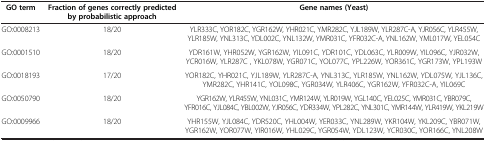
| GO term | Fraction of genes correctly predicted by probabilisticapproach | Gene names (Yeast) |
 | --- | --- | --- |
 | GO:0008213 | 18/20 | YLR333C, YOR182C, YGR162W, YHR021C, YMR282C, YJL189W, YLR287C-A,YJR056C, YLR455W, YLR185W, YNL313C, YDL002C, YNL132W, YMR031C,YFR032C-A, YNL162W, YML017W, YEL054C |
 | GO:0001510 | 18/20 | YDR161W, YHR052W, YGR162W, YIL091C, YDR101C, YDL063C, YLR009W,YIL096C, YJR032W, YCR016W, YLR287C , YKL078W, YGR071C, YOL077C,YPL226W, YOR361C, YGR173W, YPL193W |
 | GO:0018193 | 17/20 | YOR182C, YHR021C, YJL189W, YLR287C-A, YNL313C, YLR185W, YNL162W,YDL075W, YJL136C, YMR282C, YHR141C, YOL098C, YGR034W, YLR406C,YGR162W, YFR032C-A, YIL069C |
 | GO:0050790 | 18/20 | YGR162W, YLR455W, YNL031C, YMR124W, YLR019W, YGL140C, YEL025C,YMR031C, YBR079C, YFR016C, YJL084C, YBL002W, YJR056C, YDR334W,YPL282C, YNL301C, YMR144W, YLR419W, YKL219W |
 | GO:0009966 | 18/20 | YHR155W, YJL084C, YDR520C, YHL004W, YER033C, YNL289W, YKR104W,YKL209C, YBR071W, YGR162W, YOR077W, YIR016W, YHL029C, YGR054W,YDL123W, YCR030C, YOR166C, YNL208W |